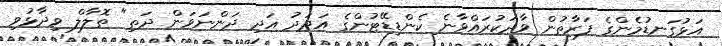
އަޅުގަނޑުމެންގެ ފަރާތުން ވާދަކުރައްވާނެ ކެންޑިޑޭޓުންގެ އަދަދު އަދި ދަންނަވަން ދަތި" ތޮލާލް ވިދާޅުވި